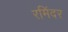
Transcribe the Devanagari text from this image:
रमिंदर